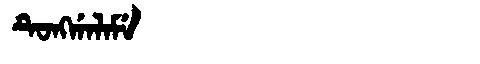
Manchu: ᡨᡠᠩᡤᠠᠯᠠᠮᡝ
Romanization: TUNGGALAME